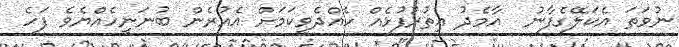
ނުވަތަ އެކަލޭގެފާނު  އާމެދު އިތުރުފުޅެއް ހެއްދެވީކަމަށް އެއުރެން ބުނަނީހެއްޔެވެ ފަހެ